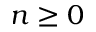
n \geq 0